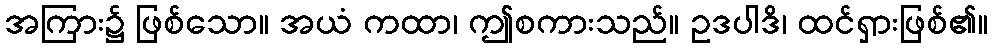
အကြား၌ ဖြစ်သော။ အယံ ကထာ၊ ဤစကားသည်။ ဥဒပါဒိ၊ ထင်ရှားဖြစ်၏။